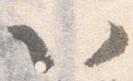
以